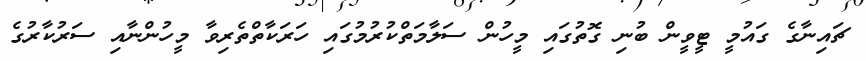
ޗައިނާގެ ގައުމީ ޓީވީން ބުނި ގޮތުގައި މީހުން ސަލާމަތްކުރުމުގައި ހަރަކާތްތެރިވާ މީހުންނާއި ސަރުކާރުގެ